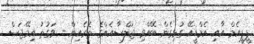
ޕީޕީއެމް އާއި އެމްޑީއޭ ގުޅިގެން ބޭއްވި ޖަލްސާއެއްގެ ތެރެއިން - ވަގުތު އިމޭޖަސް